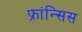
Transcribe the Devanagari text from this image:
फ्रांन्सिस